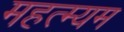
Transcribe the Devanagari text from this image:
महत्म्यम